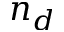
n _ { d }